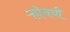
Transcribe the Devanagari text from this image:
ऱ्होनची